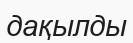
дақылды